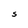
Character: S